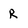
Character: R